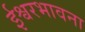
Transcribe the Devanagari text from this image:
ईश्वरभावना